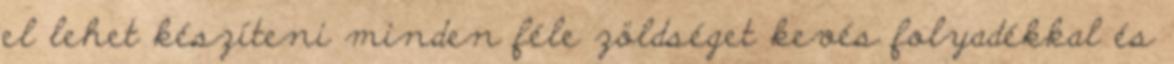
el lehet készíteni minden féle zöldséget kevés folyadékkal és